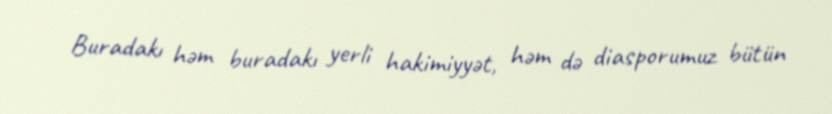
Buradakı həm buradakı yerli hakimiyyət, həm də diasporumuz bütün